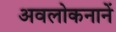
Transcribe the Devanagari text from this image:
अवलोकनानें